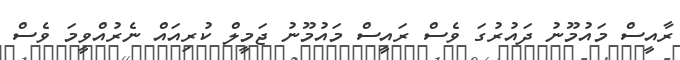
ރާއީސް މައުމޫނު ދައުރުގަ ވެސް ރައީސް މައުމޫނު ޖަމީލް ކުރިއައް ނެރުއްވީމަ ވެސް